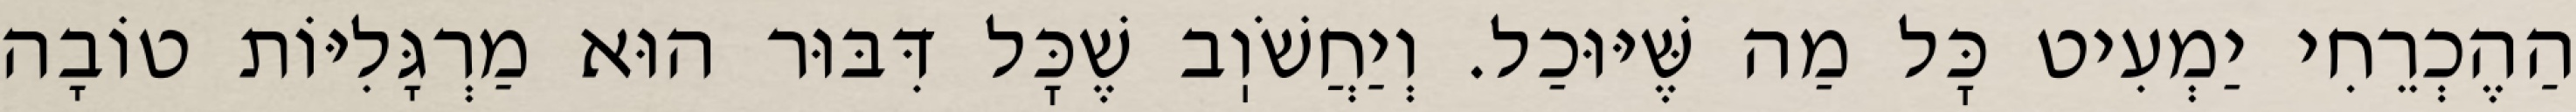
הַהֶכְרֵחִי יַמְעִיט כׇּל מַה שֶּׁיּוּכַל. וְיַחֲשֹׁוֽב שֶׁכׇּל דִּבּוּר הוּא מַרְגָּלִיּוֹת טוֹבָה